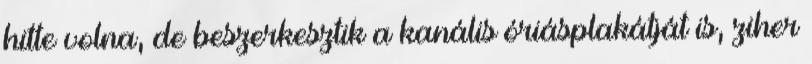
hitte volna, de beszerkesztik a kanális óriásplakátját is, ziher